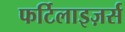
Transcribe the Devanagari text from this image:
फर्टिलाइज़र्स